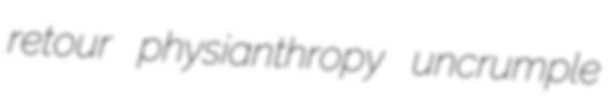
retour physianthropy uncrumple